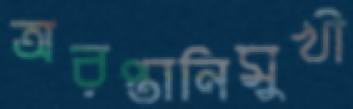
অরপ্তানিমুখী